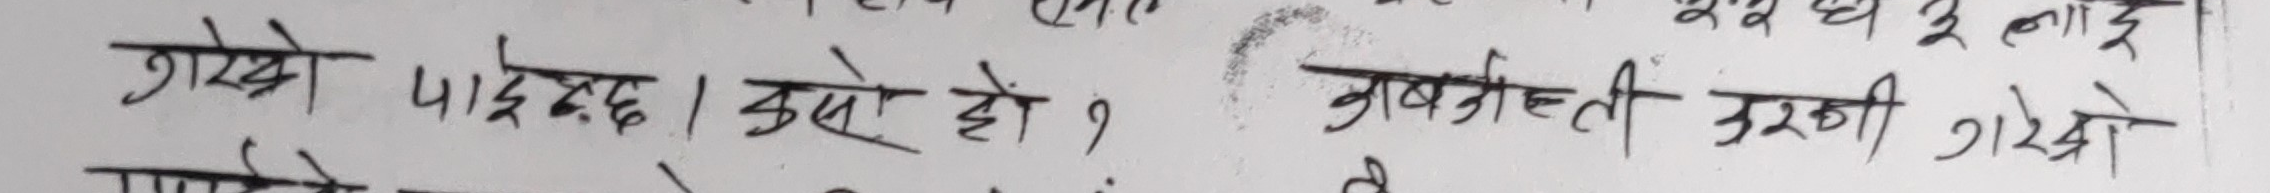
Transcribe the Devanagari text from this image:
गरेको पाइँन्छ। उसे हो? अब यस्तै उरली गरेको